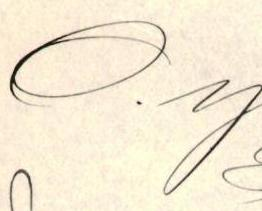
O.y.